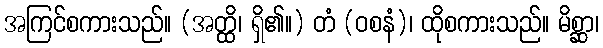
အကြင်စကားသည်။ (အတ္ထိ၊ ရှိ၏။) တံ (ဝစနံ)၊ ထိုစကားသည်။ မိစ္ဆာ၊